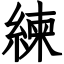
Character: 練